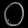
Digit: ၀